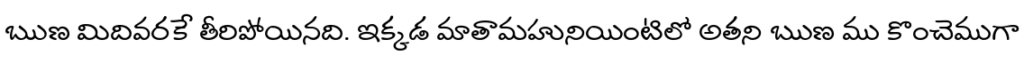
ఋణ మిదివరకే తీరిపోయినది. ఇక్కడ మాతామహునియింటిలో అతని ఋణ ము కొంచెముగా